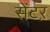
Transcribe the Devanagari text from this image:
सेंटऱ